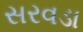
સરવડા